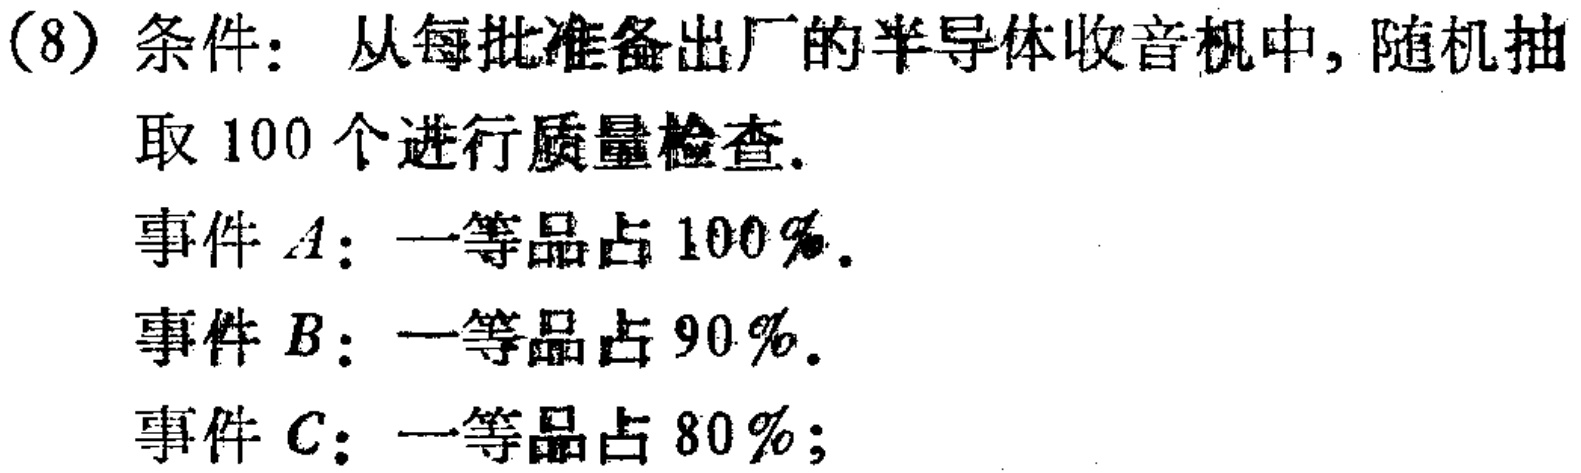
(8) 条件：从每批准备出厂的半导体收音机中, 随机抽取 100 个进行质量检查.
事件 \(A\)：一等品占 \(100\%\).
事件 \(B\)：一等品占 \(90\%\).
事件 \(C\)：一等品占 \(80\%\);